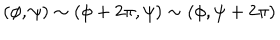
( \phi , \psi ) \sim ( \phi + 2 \pi , \psi ) \sim ( \phi , \psi + 2 \pi ) \,